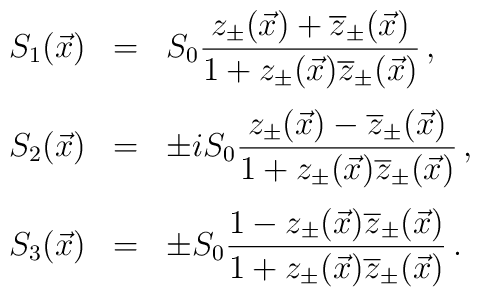
\begin{array}{rcl}S_1(\vec{x})&=&S_{0}\displaystyle\frac{z_{\pm}(\vec{x})+\overline{z}_{\pm}(\vec{x})}{1+z_{\pm}(\vec{x})\overline{z}_{\pm}(\vec{x})}\,, \\[5mm]S_2(\vec{x})&=&\pm i S_{0}\displaystyle\frac{z_{\pm}(\vec{x})-\overline{z}_{\pm}(\vec{x})}{1+z_{\pm}(\vec{x})\overline{z}_{\pm}(\vec{x})}\,,\\[5mm]S_3(\vec{x})&=&\pm S_{0}\displaystyle\frac{1-z_{\pm}(\vec{x})\overline{z}_{\pm}(\vec{x})}{1+z_{\pm}(\vec{x})\overline{z}_{\pm}(\vec{x})}\,.\end{array}